Annual report on the working of the lock hospitals in the Central Provinces
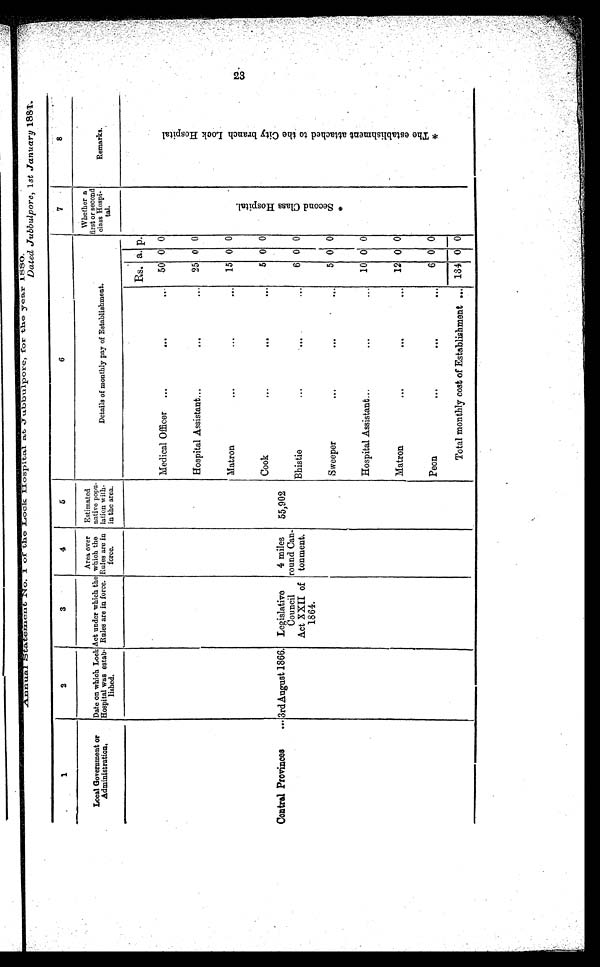
1
2
3
4
5
6
7
8
Local Government of
Administration.
Date on which Lock
Hospital was estab-
l i s h e d .
Act under which the
Rules are in force.
Area over
which the
Rules are in
f o r c e .
Estimated
native popu-
lation with-
in the area.
Details of monthly pay of Establishment
.
Whether a
first or second
class Hospi-
t a l .
R e m a r k s .
Rs. a. p.
* S e c o n d C l a s s H o s p i t a l .
* T h e e s t a b l i s h m e n t a t t a c h e d t o t h e C i t y b r a n c h L o c k H o s p i t a l
Medical Officer
. . .
. . .
. . . 50 0 0
Hospital Assistant... . . .
. . . 25 0 0
Matron
. . .
. . .
. . . 15 0 0
Central Provinces
... 3rd August 1866. Legislative
Council
Act XXII of
1 8 6 4 .
4 miles
round Can-
tonment.
55,902
Cook
. . .
. . .
. . .
5 0 0
Bhistie
. . .
. . .
. . . 6 0 0
Sweeper
. . .
. . .
. . . 5 0 0
Hospital Assistant... . . .
. . . 10 0 0
Matron
. . .
. . .
. . .
1 2 0 0
Peon
. . .
. . .
. . . 6 0 0
Total monthly cost of Establishment . . . 134 0 0
2 3